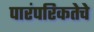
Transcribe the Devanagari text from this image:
पारंपरिकतेचे